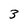
Character: 3